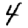
Digit: 4